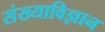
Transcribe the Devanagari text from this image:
संख्याविज्ञान